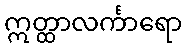
ဣတ္ထာလင်္ကာရော